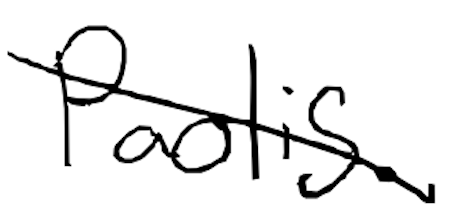
Text: Paolis.
Cross-out: diagonal
Writing tool: digital_black